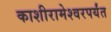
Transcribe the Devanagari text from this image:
काशीरामेश्वरपर्यंत